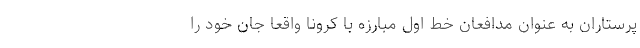
پرستاران به عنوان مدافعان خط اول مبارزه با کرونا واقعا جان خود را